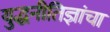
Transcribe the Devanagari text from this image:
युद्धनीतिज्ञांचा